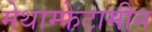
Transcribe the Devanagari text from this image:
मेथाम्फेटामीन